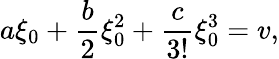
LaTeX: a\xi_{0}+\frac{b}{2}\xi_{0}^{2}+\frac{c}{3!}\xi_{0}^{3}=v,